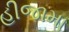
હીજામા